Account of plague administration in the Bombay Presidency from September 1896 till May 1897
Year: 1896
Disease focus: Plague
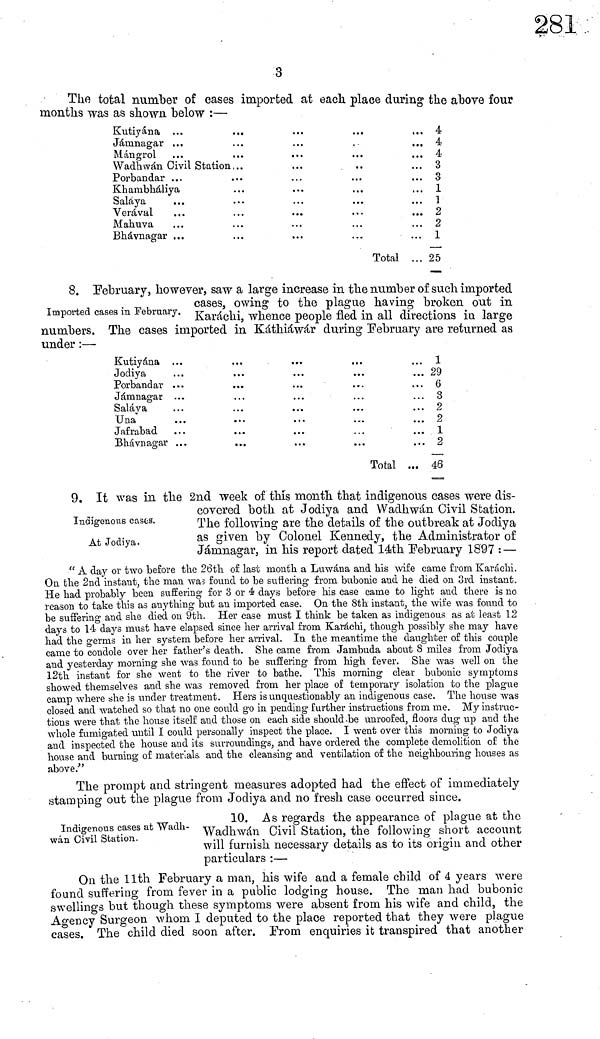
3
The total number of oases imported at each place during the above four
months was as shown below :—
Kutiyána ...
Jáninagar ...
Mángrol
Wadhwán Civil Station.
Porbandar ...
Khambháliya
Saláya
Verá val
Mahuva
Bhávnagar ...
Total
4
4
4
3
3
1
1
2
2
1
25
8. February, however, saw a large increase in the number of such imported
cases,
owing to the plague having broken out
Imported cases m February. Karáchi, whence people fled in all directions in large
numbers. The cases imported in Káthiáwár during February are returned as
under :—
Kutiyána
Jodiya
Porbandar
Jámnagar
Saláya
Una
Jafrabad
Bhávnagar
Total
1
29
6
3
2
2
1
2
46
Indigenous cases.
At Jodiya.
9. It was in the 2nd week of this month that indigenous cases were dis-
covered both at Jodiya and Wadhwán Civil Station.
The following are the details of the outbreak at Jodiya
as given by Colonel Kennedy, the Administrator of
Jámnagar, in his report dated 14th February 1897 : —
"A day or two before the 26th of last month a Luwána and his wife came from Karachi.
On the 2nd instant, the man was found to be suffering from bubonic and he died on 3rd instant.
He had probably been suffering for 3 or 4 days before his case came to light and there is no
reason to take this as anything but an imported case. On the 8th instant, the wife was found to
be suffering and she died on 9th. Her case must I think be taken as indigenous as at least 12
days to 14 days must have elapsed since her arrival from Karáchi, though possibly she may have
had the germs in her system before her arrival. In the meantime the daughter of this couple
came to condole over her father's death. She came from Jambuda about 8 miles from Jodiya
and yesterday morning she was found to be suffering from high fever. She was well on the
12th instant for she went to the river to bathe. This morning clear bubonic symptoms
showed themselves and she was removed from her place of temporary isolation to the plague
camp where she is under treatment. Hers is unquestionably an indigenous case. The house was
closed and watched so that no one could go in pending further instructions from me. My instruc-
tions were that the house itself and those on each side should be unroofed, floors dug up and the
whole fumigated until I could personally inspect the place. I went over this morning to Jodiya
and inspected the house and its surroundings, and have ordered the complete demolition of the
house and burning of materials, and the cleansing and ventilation of the neighbouring houses as
above."
The prompt and stringent measures adopted had the effect of immediately
stamping out the plague from Jodiya and no fresh case occurred since.
Indigenous cases at Wadh-
wán Civil Station.
10. As regards the appearance of plague at the
Wadhwán Civil Station, the following short account
will furnish necessary details as to its origin and other
particulars :—
On the 11th February a man, his wife and a female child of 4 years were
found suffering from fever in a public lodging house. The man bad bubonic
swellings but though these symptoms were absent from his wife and child, the
Agency Surgeon whom I deputed to the place reported that they were plague
cases. The child died soon after. Prom enquiries it transpired that another